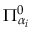
\Pi _ { \alpha _ { i } } ^ { 0 }